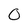
Character: O